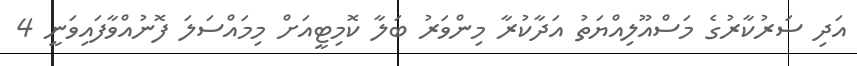
އަދި ސަރުކާރުގެ މަސްއޫލިއްޔަތު އަދާކުރާ މިންވަރު ބަލާ ކޮމިޓީއަށް މިމައްސަލަ ފޮނުއްވާފައިވަނީ 4